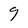
Character: 9